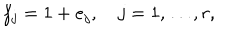
LaTeX: f _ { j } = 1 + e _ { j } , \quad j = 1 , \ldots , r ,